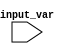
module generate_case_block(
    input [2:0] input_var
);

// Generate Case block
always @* begin
    case(input_var)
        3'b000: begin
            // statements for when input_var is 000
        end
        3'b001: begin
            // statements for when input_var is 001
        end
        3'b010: begin
            // statements for when input_var is 010
        end
        3'b011: begin
            // statements for when input_var is 011
        end
        3'b100: begin
            // statements for when input_var is 100
        end
        3'b101: begin
            // statements for when input_var is 101
        end
        3'b110: begin
            // statements for when input_var is 110
        end
        default: begin
            // default statements
        end
    endcase
end

endmodule